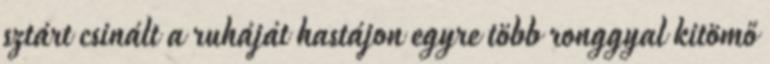
sztárt csinált a ruháját hastájon egyre több ronggyal kitömő